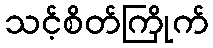
သင့်စိတ်ကြိုက်